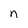
Character: n